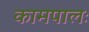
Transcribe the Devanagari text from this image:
कामपालः